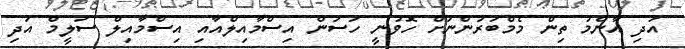
އަދި އާންމު ތިން މެމްބަރުންނަށް ހޮވުނީ ހަސަން އިސްމާއިލްއާއި އިސްމާއިލް ސަލީމް އަދި